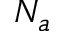
N _ { a }